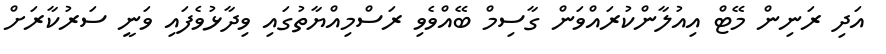
އަދި ރަނިން މޭޓް އިއުލާންކުރައްވަން ގާސިމް ބޭއްވެވި ރަސްމިއްޔާތުގައި ވިދާޅުވެފައި ވަނީ ސަރުކާރަށް